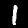
Digit: 1